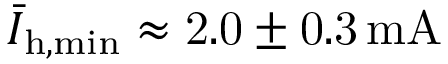
\bar { I } _ { \mathrm { h , m i n } } \approx \mathrm { 2 . 0 \pm 0 . 3 \, m A }